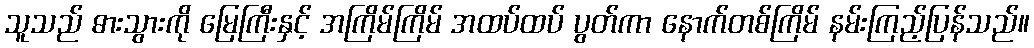
သူသည် ဓားသွားကို မြေကြီးနှင့် အကြိမ်ကြိမ် အထပ်ထပ် ပွတ်ကာ နောက်တစ်ကြိမ် နမ်းကြည့်ပြန်သည်။